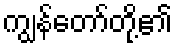
ကျွန်တော်တို့၏